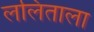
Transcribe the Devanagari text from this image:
ललिताला